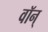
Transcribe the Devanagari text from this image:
वॉन्